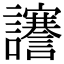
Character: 𧮎